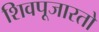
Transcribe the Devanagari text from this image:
शिवपूजारतो